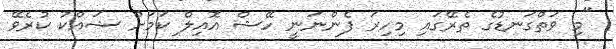
"މި ވަތްގަނޑުގެ ތެރޭގައި މިހިރަ ފެންނަނީ ހޭޝް އޮއިލް ކަމަށް ޝައްކު ކުރެވޭ